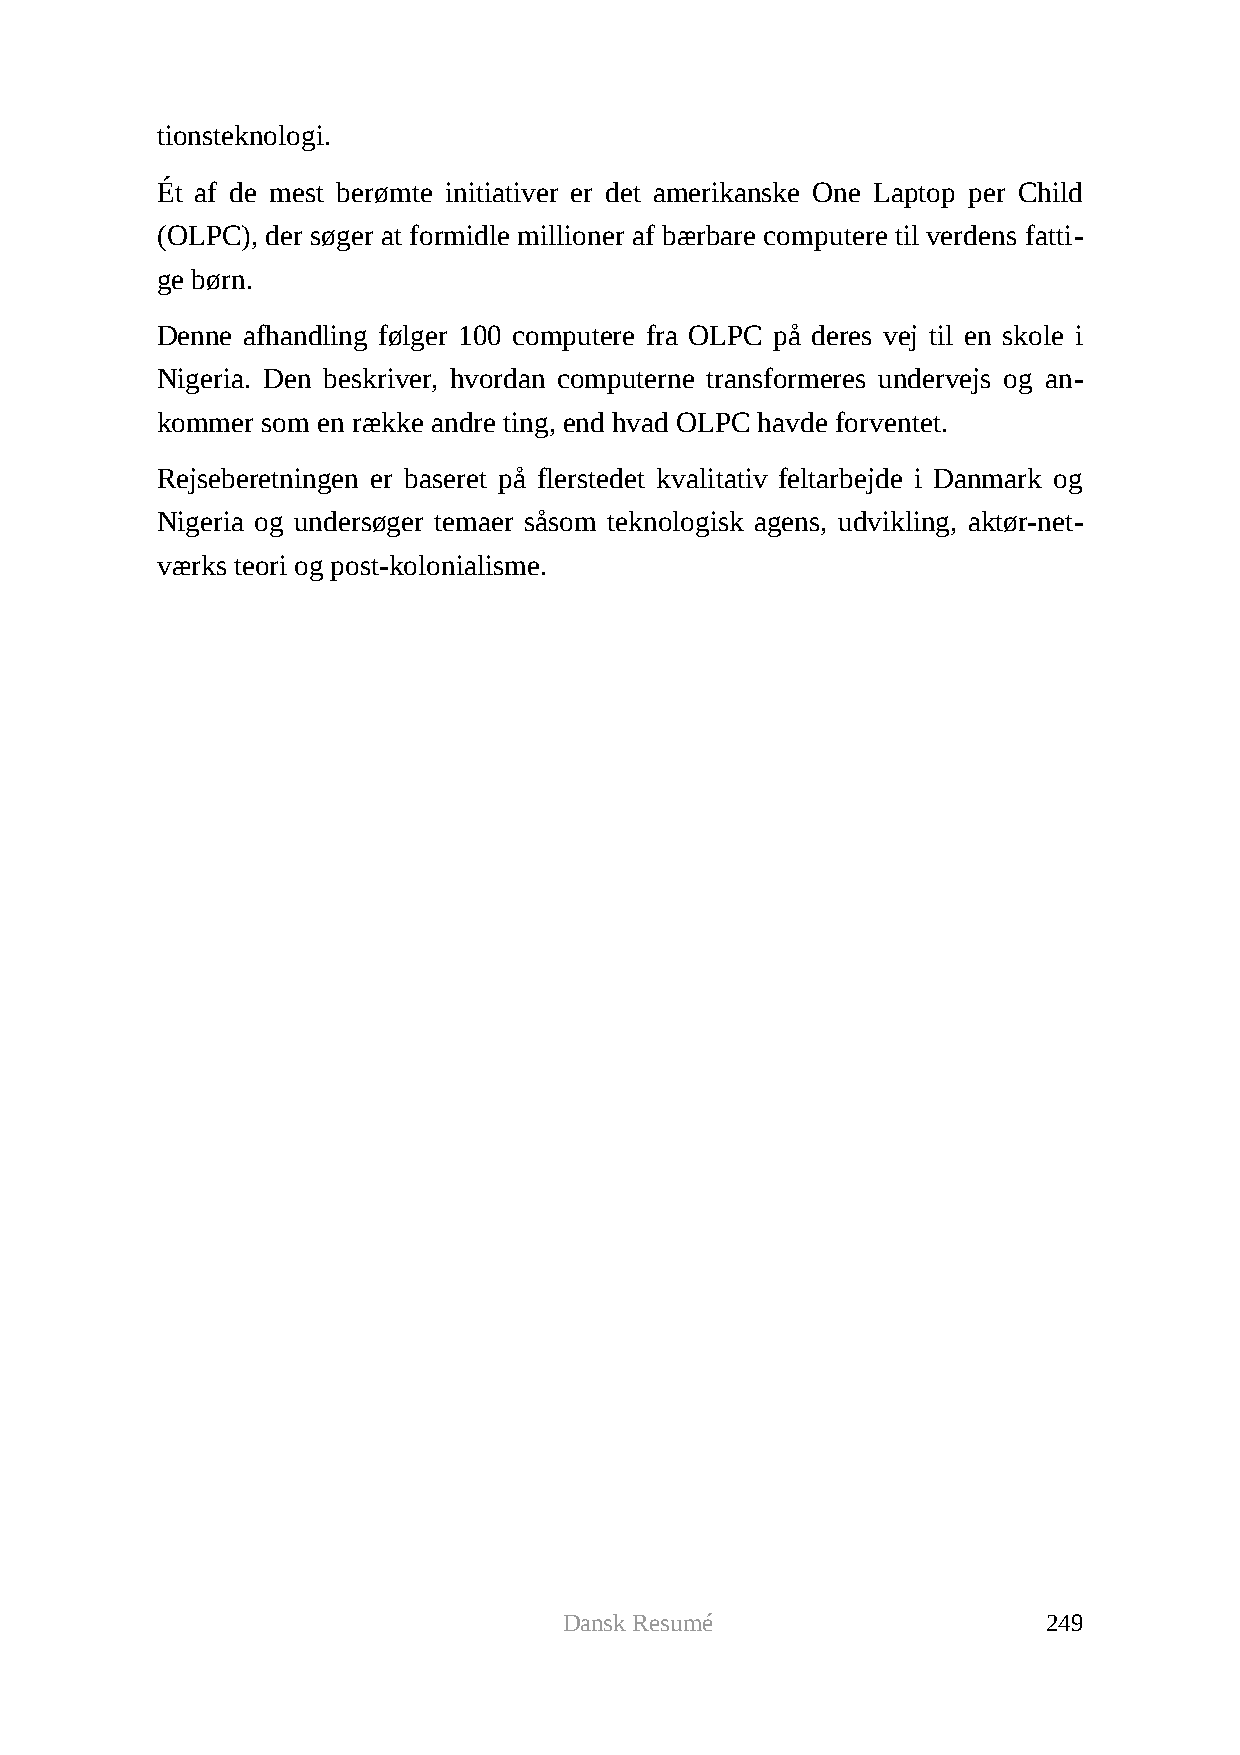
tionsteknologi.
 Ét af de mest berømte initiativer er det amerikanske One Laptop per Child
 (OLPC), der søger at formidle millioner af bærbare computere til verdens fatti-
 ge børn.
 Denne afhandling følger 100 computere fra OLPC på deres vej til en skole i
 Nigeria. Den beskriver, hvordan computerne transformeres undervejs og an-
 kommer som en række andre ting, end hvad OLPC havde forventet.
 Rejseberetningen er baseret på flerstedet kvalitativ feltarbejde i Danmark og
 Nigeria og undersøger temaer såsom teknologisk agens, udvikling, aktør-net-
 værks teori og post-kolonialisme.
 Dansk Resumé                    249